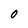
Character: O